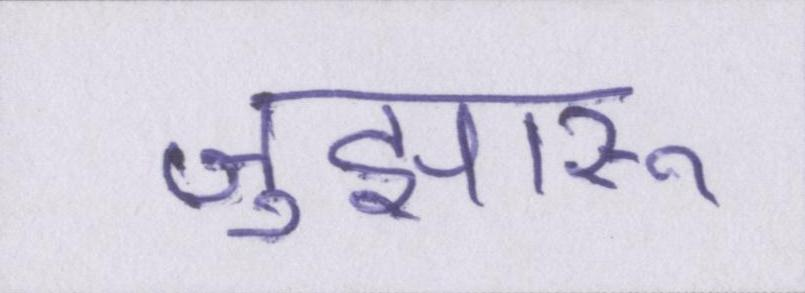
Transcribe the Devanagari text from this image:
जुझारू